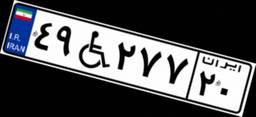
۴۹W۲۷۷۲۰